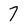
Character: 7